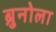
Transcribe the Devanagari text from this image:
ब्रुनोला